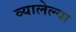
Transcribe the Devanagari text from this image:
व्यालेल्या